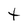
Character: t